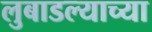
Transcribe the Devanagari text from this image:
लुबाडल्याच्या